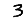
Digit: 3